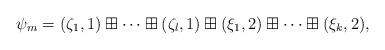
LaTeX: \begin{align*}\psi_m=(\zeta_1,1)\boxplus\cdots\boxplus(\zeta_l,1)\boxplus(\xi_1,2)\boxplus\cdots\boxplus(\xi_k,2),\end{align*}